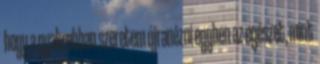
hogy a gyakrabban szeretem újranézni egyben az egészet, mint